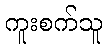
ကူးစက်သူ